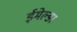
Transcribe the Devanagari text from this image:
ईमेल्डा